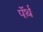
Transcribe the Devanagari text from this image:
पॅर्थ़